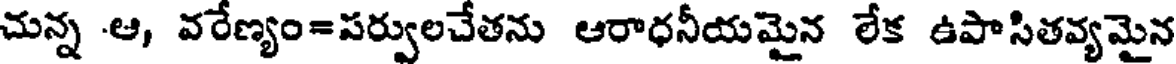
చున్న -ఆ, వరేణ్యం=పర్వులచేతను ఆరాధనీయమైన లేక ఉపాసితవ్యమైన